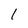
Character: 1